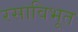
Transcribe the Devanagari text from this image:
रसाविभूत